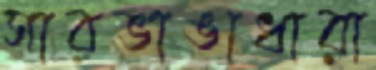
সারভাঙাধারা